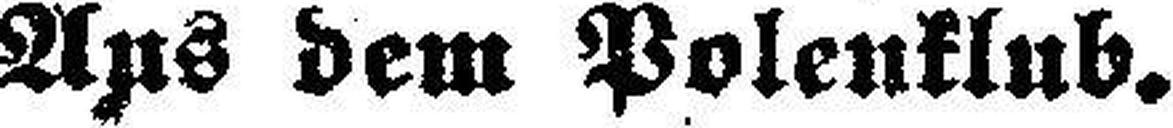
Aus dem Polenklub.